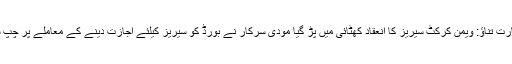
پاک بھارت تناﺅ: ویمن کرکٹ سیریز کا انعقاد کھٹائی میں پڑ گیا مودی سرکار نے بورڈ کو سیریز کیلئے اجازت دینے کے معاملے پر چپ سادھ لی